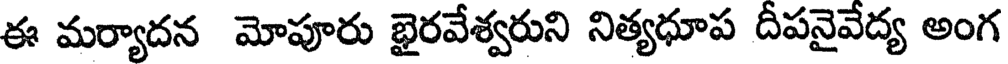
ఈ మర్యాదన మోపూరు భైరవేశ్వరుని నిత్యధూప దీపనైవేద్య అంగ